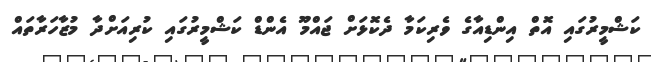
ކަޝްމީރުގައި އޮތް އިންޑިއާގެ ވެރިކަމާ ދެކޮޅަށް ޖައްމޫ އެންޑް ކަޝްމީރުގައި ކުރިއަށްދާ މުޒާހަރާތައް